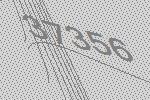
37356